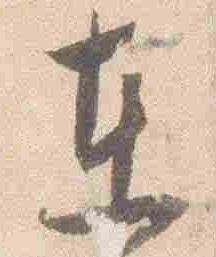
東